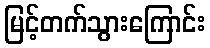
မြင့်တက်သွားကြောင်း